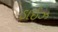
ડાઈઝ